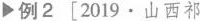
▶例2[2019·山西祁